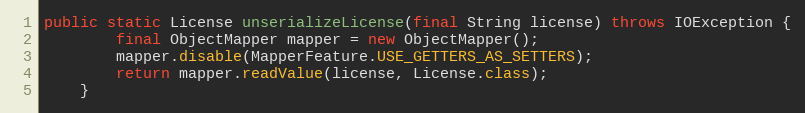
Language: Java
public static License unserializeLicense(final String license) throws IOException {
		final ObjectMapper mapper = new ObjectMapper();
        mapper.disable(MapperFeature.USE_GETTERS_AS_SETTERS);
		return mapper.readValue(license, License.class);
	}